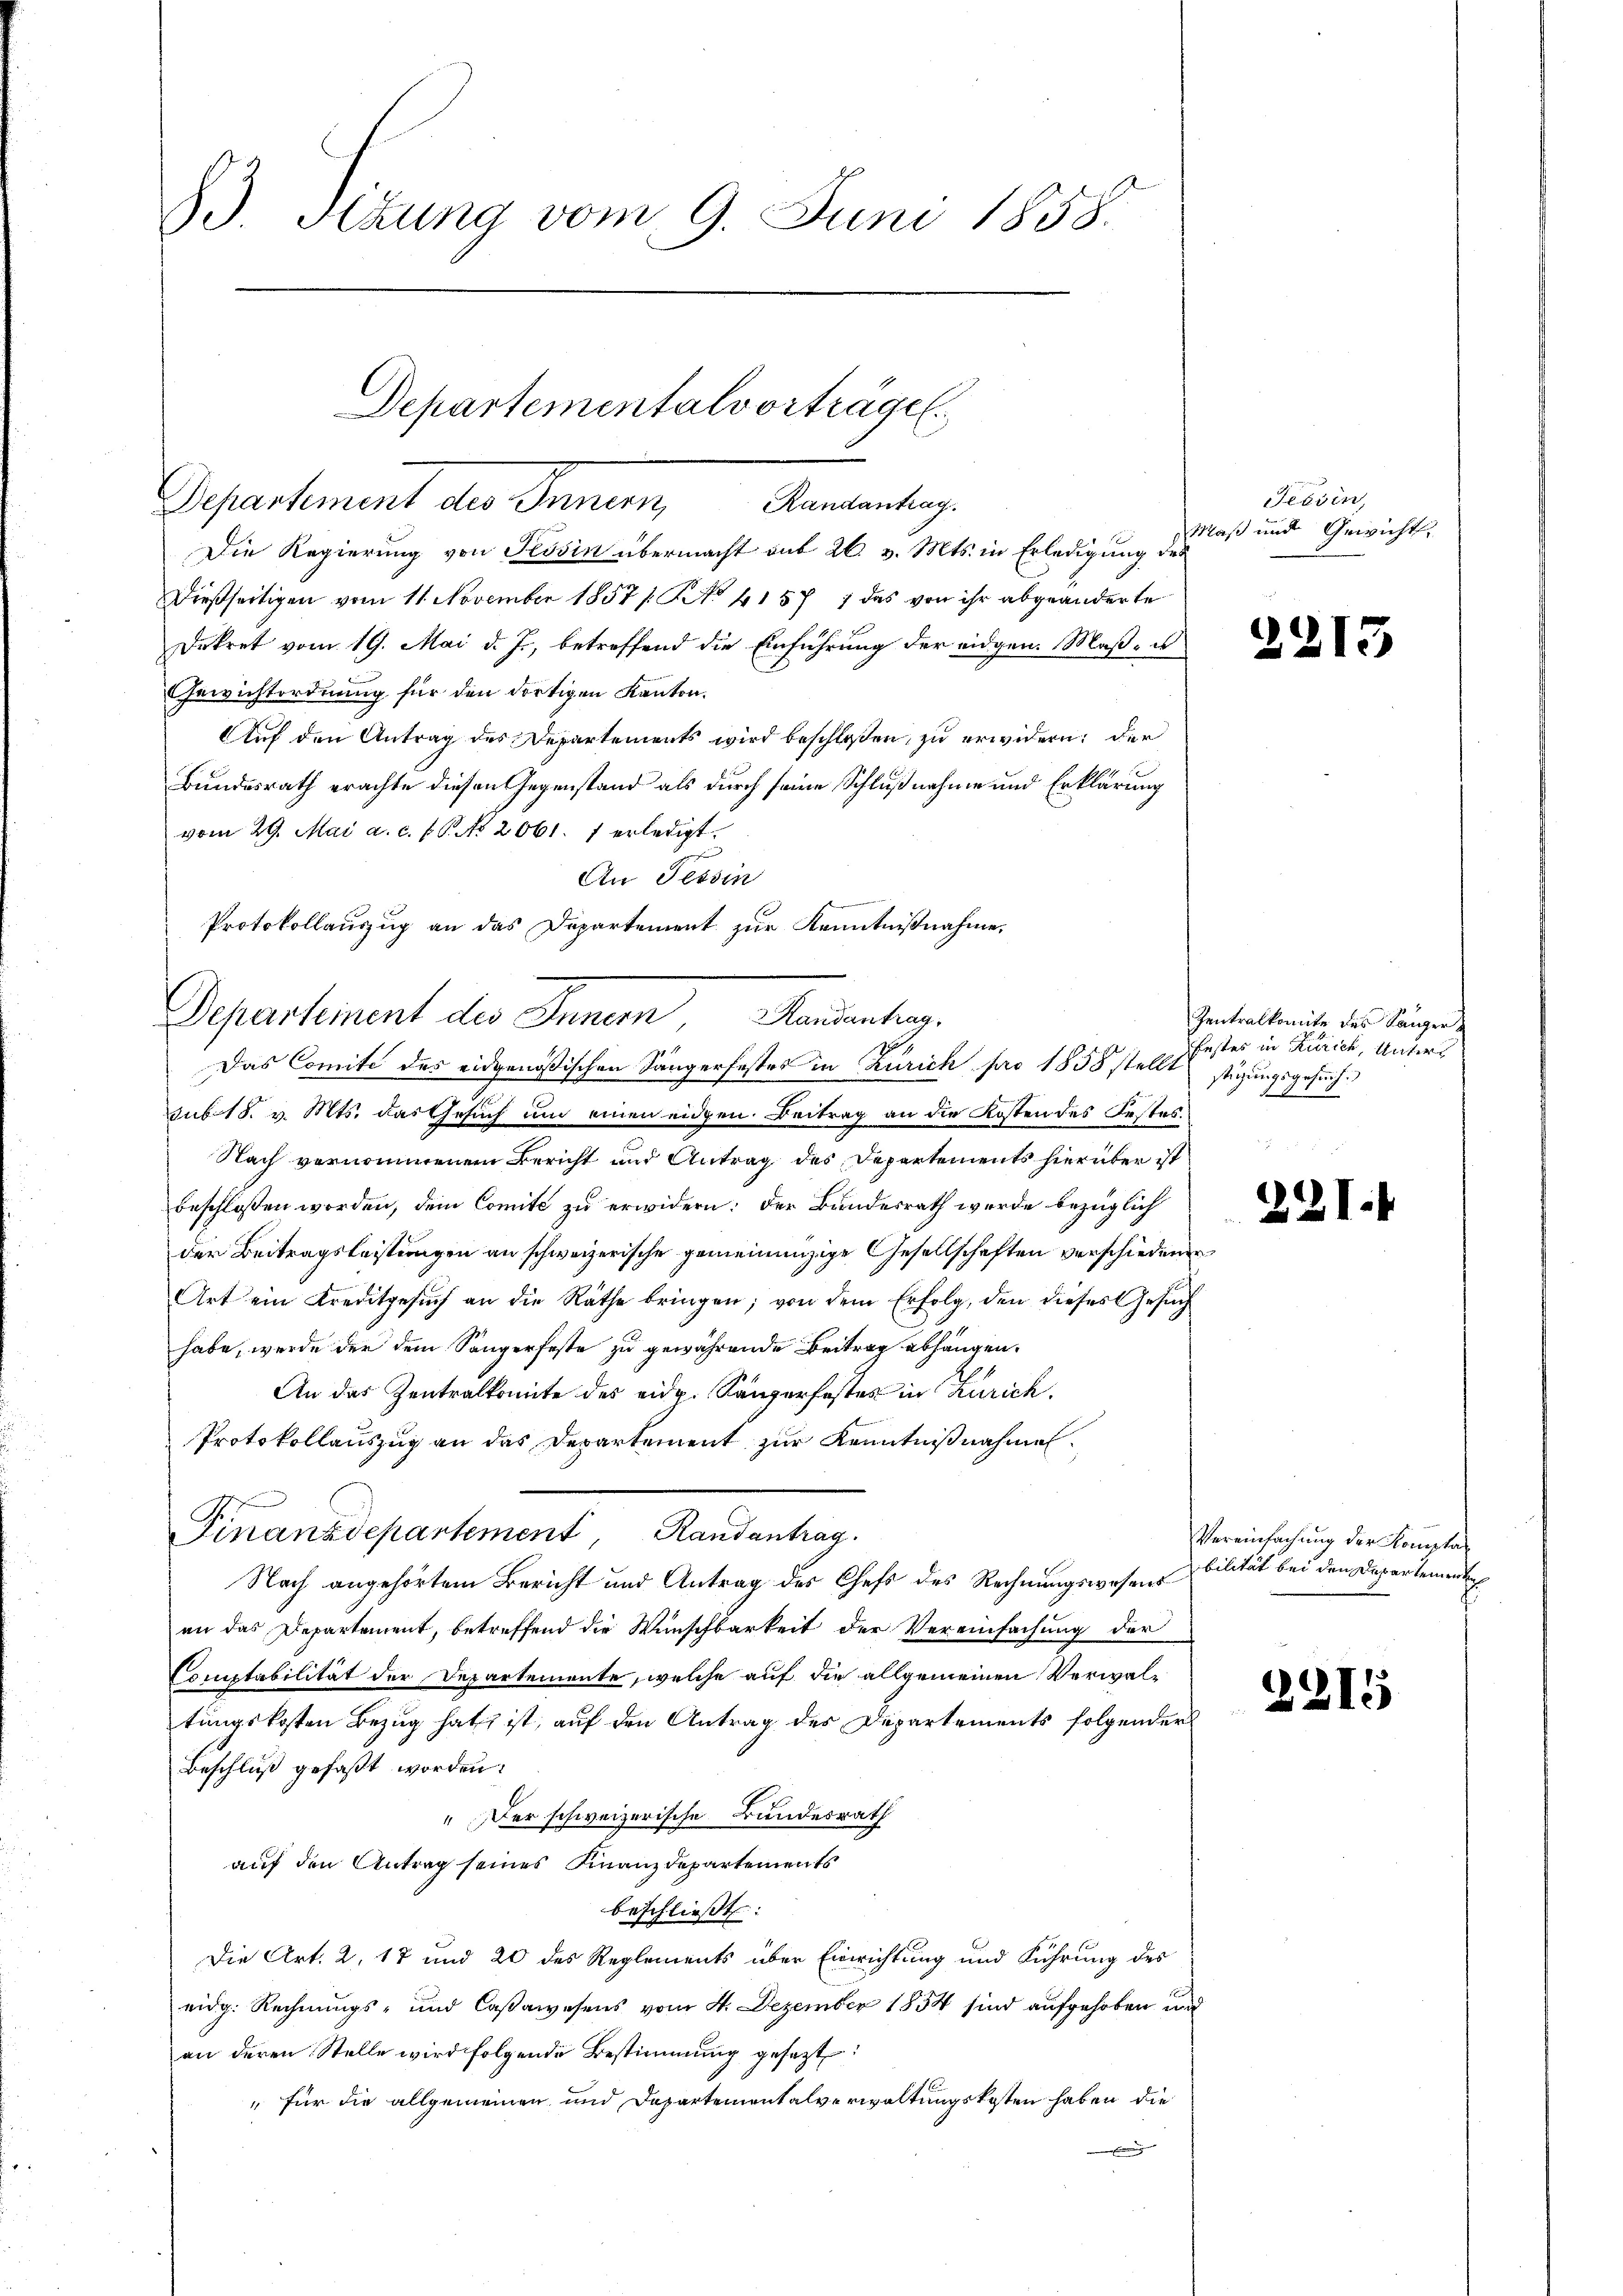
83 Sizung vom 9. Juni 1858.

Departementalvorträge
Departement der Gener Amnentg

Die Regierung von Tessin übermacht mit 26. v. Mts. in Erledigung des
dießseitigen vom 11. November 1857 / NNo. 41577 das von ihr abgeänderte
Dekret vom 19. Mai d. J., betreffend die Einführung der eidgen. Maß- u
Gewichtordnung für den dortigen Kanton.
Auf den Antrag des Departements wird beschloßen zu erwidern; der
Bundesrath erachte diesen Gegenstand als durch seine Schlußnahme und Erklärung
vom 29. Mai a. c. pr. No. 2061. 7 erledigt.
An Tessin
Protokollauzug an das Departement zur Kenntnißnahme,

Departement des Inner Handenten.
Das Comité des eidgenößischen Sängerfestes in Zürich pro 1858 stellt

Finanzdepartement, Randantrag.

Tessin,
Maß und Gewicht,

sub 18. v. Mts. das Gesuch um einen eidgen. Beitrag an die Kosten des Festes¬
Nach vernommenem Bericht und Antrag des Departements hierüber ist
beschlossen worden, dem Comité zu erwidern: der Bundesrath werde bezüglich
der Beitragsleistungen an schweizerische gemeinanzige Gesellschaften verschiedenen
Art ein Kreditgesuch an die Räthe bringen; von dem Erfolg, den dieses Gesuch
habe, wurde der dem Sängerfeste zu gewährende Beitrag abhängen.
An das Zentralkomite des eidg. Sängerfestes in Zürich.
Protokollauszug an das Departement zur Kenntnißnahmen.
Nach angehörtem Bericht und Antrag des Chefs des Rechnungswesens
en das Departement, betreffend die Wunschbarkeit der Vereinfachung der
Comptabilität der Departemente, welche auf die allgemeinen Verwaltungskosten Bezug hat ist, auf den Antrag des Departements folgender
Beschluß gefaßt worden:
"Der schweizerische Bundesrath
auf den Antrag seines Finanzdepartements
beschließt:
Die Art. 2, 17 und 20 des Reglements über Einrichtung und Führung des
eidg. Rechnungs- und Caßawesens vom 4. Dezember 1854 sind aufgehoben und
an deren Stelle wird folgende Bestimmung gesezt
" für die allgemeinen und Departementalverwaltungskosten haben, die
g

c

Zentralkomite des Sänger
festes in Zürich, Unterstüzungsgesuch.

22

Vereinfachung der Kompta
bilität bei den Departemente

)

21

21